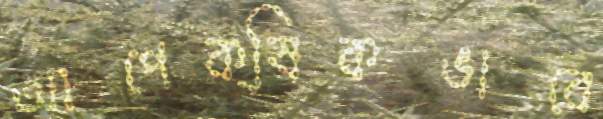
আপেক্ষিকভাবে